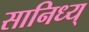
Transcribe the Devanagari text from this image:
सानिध्य्